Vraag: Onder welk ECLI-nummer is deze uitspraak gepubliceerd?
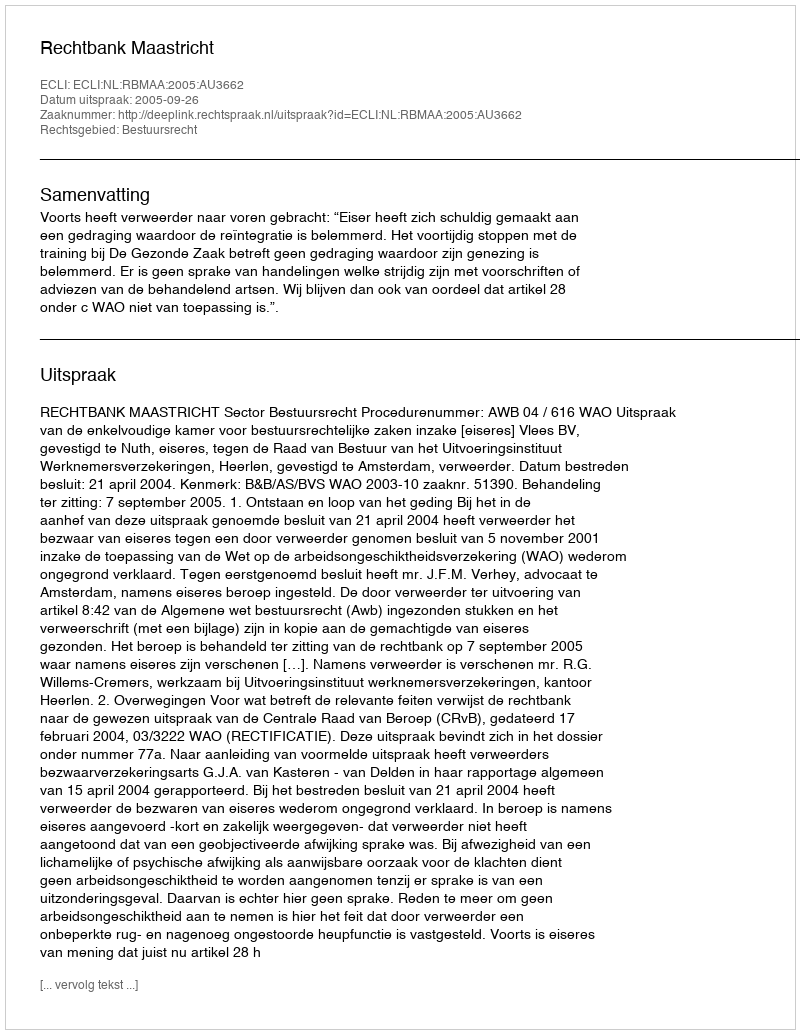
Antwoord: ECLI:NL:RBMAA:2005:AU3662